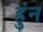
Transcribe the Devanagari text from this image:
हुंन